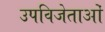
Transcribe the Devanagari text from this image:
उपविजेताओं